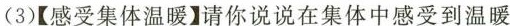
(3)【感受集体温暖】请你说说在集体中感受到温